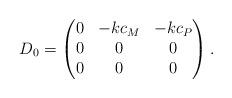
LaTeX: \begin{align*}D_{0} = \begin{pmatrix}0 & -kc_{M} & -kc_{P}\\0 & 0 & 0\\0 & 0 & 0\end{pmatrix}.\end{align*}